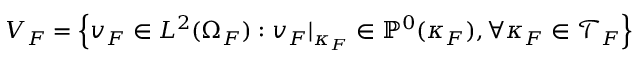
V _ { F } = \left\{ v _ { F } \in L ^ { 2 } ( \Omega _ { F } ) : v _ { F } | _ { \kappa _ { F } } \in \mathbb { P } ^ { 0 } ( \kappa _ { F } ) , \forall \kappa _ { F } \in \mathcal { T } _ { F } \right\}